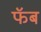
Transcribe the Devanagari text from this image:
फॅब